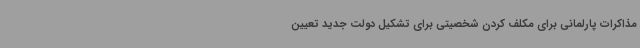
مذاکرات پارلمانی برای مکلف کردن شخصیتی برای تشکیل دولت جدید تعیین